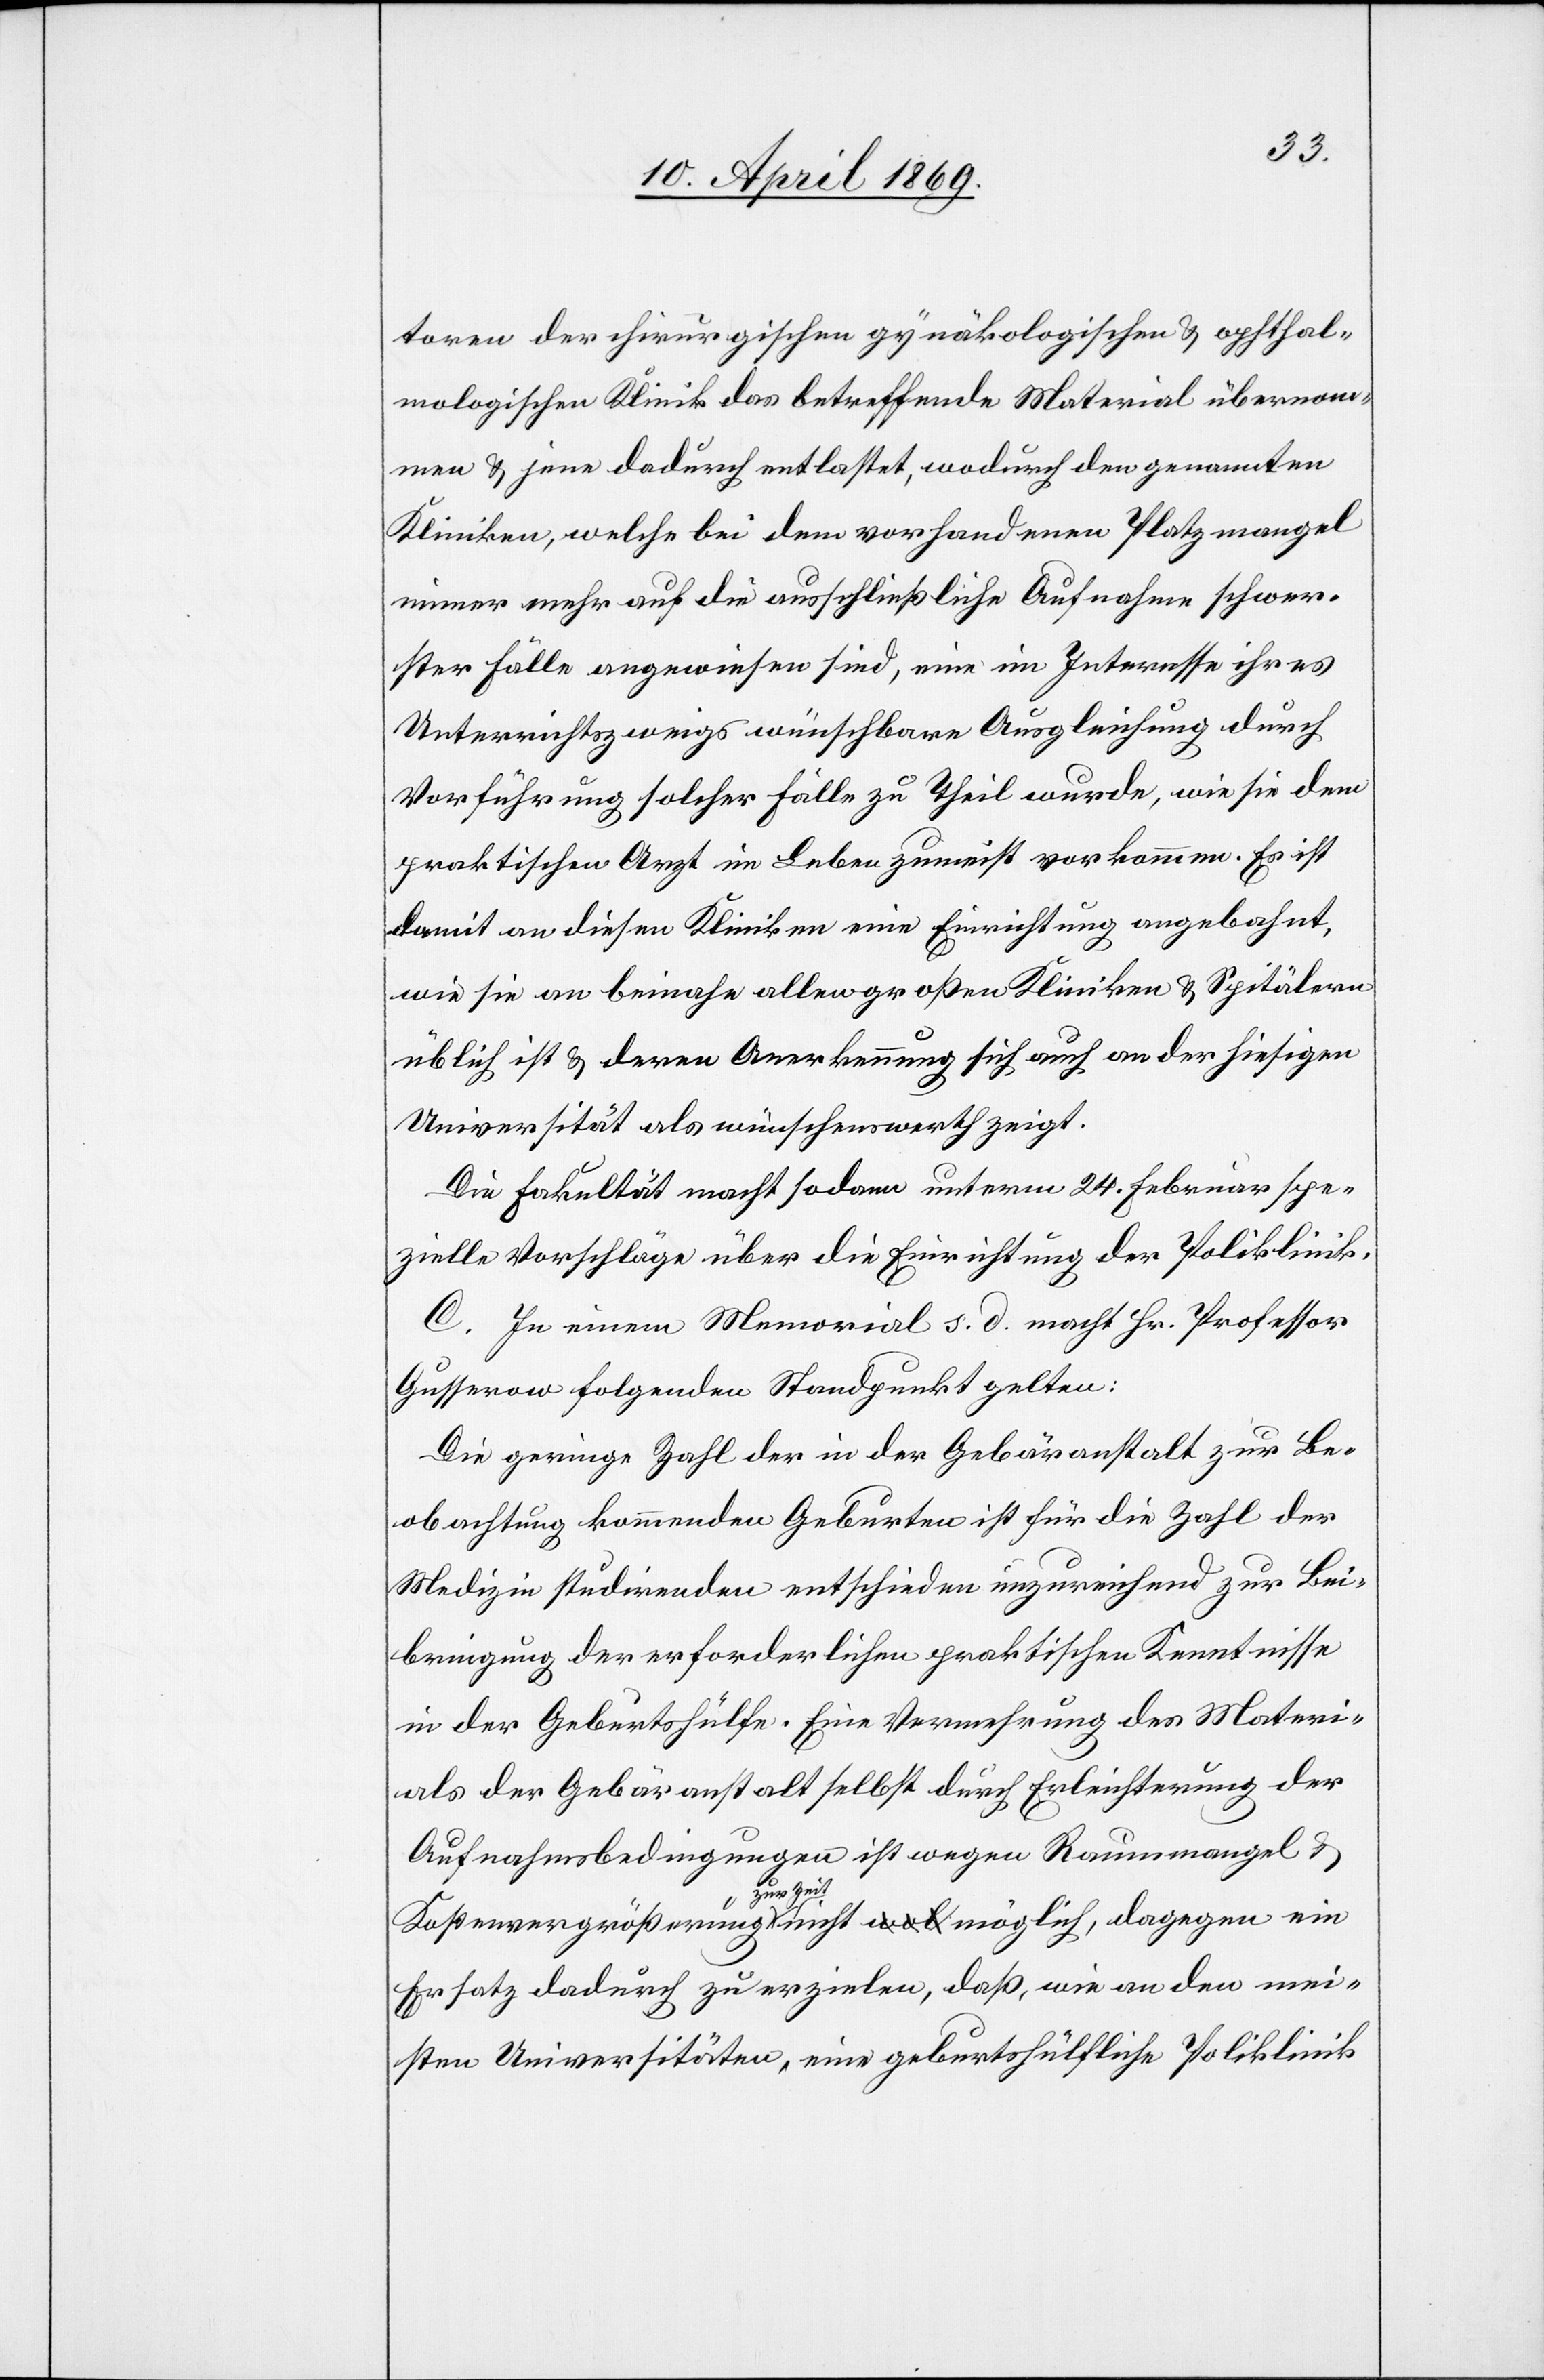
toren der chirurgischen gynäkologischen u. ophtal¬
mologischen Klinik das betreffende Material übernom¬
men u. jene dadurch entlastet, wodurch den genannten
Kliniken, welche bei dem vorhandenen Platzmangel
immer mehr auf die ausschließliche Aufnahme schwer¬
ster Fälle angewiesen sind, eine im Interesse ihres
Unterrichtszweigs wünschbare Ausgleichung durch
Vorführung solcher Fälle zu Theil wurde, wie sie dem
praktischen Arzt im Leben zumeist vorkommen. Es ist
damit an diesen Kliniken eine Einrichtung angebahnt,
wie sie an beinahe allen großen Kliniken u. Spitälern
üblich ist u. deren Anerkennung sich auch an der hiesigen
Universität als wünschenswerth zeigt.
Die Fakultät macht sodann unterm 24. Februar spe¬
zielle Vorschläge über die Einrichtung der Poliklinik.
C. In einem Memorial s. d. macht Hr. Professor
Gusserow folgenden Standpunkt gelten[d]:
Die geringe Zahl der in der Gebäranstalt zur Be¬
obachtung kommenden Geburten ist für die Zahl der
Medizin studirenden entschieden unzureichend zur Bei¬
bringung der erforderlichen praktischen Kenntnisse
in der Geburtshülfe. Eine Vermehrung des Materi¬
als der Gebäranstalt selbst durch Erleichterung der
Aufnahmsbedingungen ist wegen Raummangel u.
Kostenvergrößerung zur Zeit nicht möglich, dagegen ein
Ersatz dadurch zu erzielen, daß, wie an den mei¬
sten Universitäten, eine geburtshülfliche Poliklinik